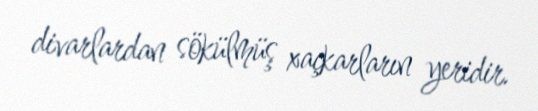
divarlardan sökülmüş xaçkarların yeridir.